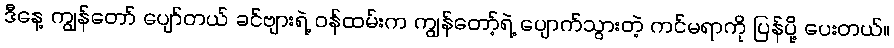
ဒီနေ့ ကျွန်တော် ပျော်တယ် ခင်ဗျားရဲ့ ဝန်ထမ်းက ကျွန်တော့်ရဲ့ ပျောက်သွားတဲ့ ကင်မရာကို ပြန်ပို့ ပေးတယ်။